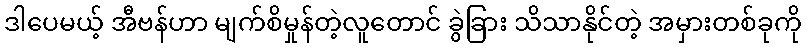
ဒါပေမယ့် အီဗန်ဟာ မျက်စိမှုန်တဲ့လူတောင် ခွဲခြား သိသာနိုင်တဲ့ အမှားတစ်ခုကို